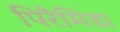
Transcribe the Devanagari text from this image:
पिरैमिड।